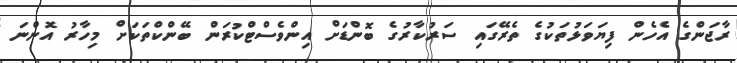
ރާޖަންގެ އެހެން ފިޔަވަޅުތަކުގެ ތެރޭގައި ސަރުކާރުގެ ބޮންޑަށް އިންވެސްޓްކުރަން ބޭންކްތަކަށް މިހާރު އޮންނަ